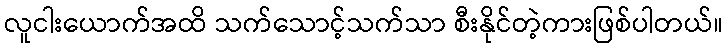
လူငါးယောက်အထိ သက်သောင့်သက်သာ စီးနိုင်တဲ့ကားဖြစ်ပါတယ်။